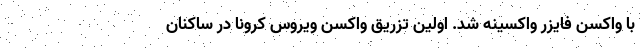
با واکسن فایزر واکسینه شد. اولین تزریق واکسن ویروس کرونا در ساکنان